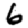
Digit: 6